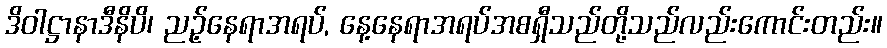
ဒိဝါဋ္ဌာနာဒီနိပိ၊ ညဉ့်နေရာအရပ်, နေ့နေရာအရပ်အစရှီသည်တို့သည်လည်းကောင်းတည်း။